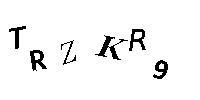
TRZKR9